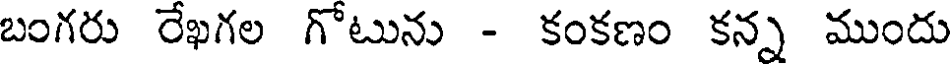
బంగరు రేఖగల గోటును - కంకణం కన్న ముందు